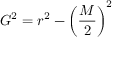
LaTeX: { } G ^ { 2 } = r ^ { 2 } - \left( { \frac { M } { 2 } } \right) ^ { 2 }